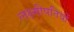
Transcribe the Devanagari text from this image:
लक्ष्मीपतियों